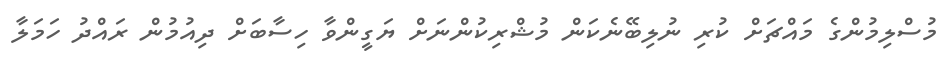
މުސްލިމުންގެ މައްޗަށް ކުރި ނުލިބޭނެކަން މުޝްރިކުންނަށް ޔަގީންވާ ހިސާބަށް ދިއުމުން ރައްދު ހަމަލާ